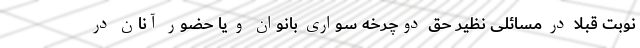
نوبت قبلا در مسائلی نظیر حق دوچرخه سواری بانوان و یا حضور آنان در